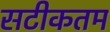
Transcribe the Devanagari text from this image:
सटीकतम